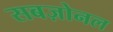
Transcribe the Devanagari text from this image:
सबज़ोनल